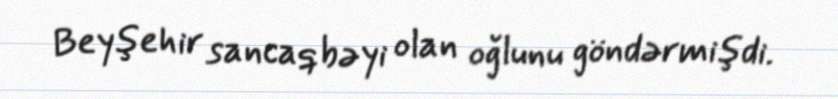
Beyşehir sancaqbəyi olan oğlunu göndərmişdi.